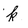
Character: k